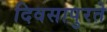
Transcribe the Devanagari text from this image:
दिवसापुरते